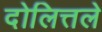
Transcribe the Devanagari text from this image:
दोलित्तले